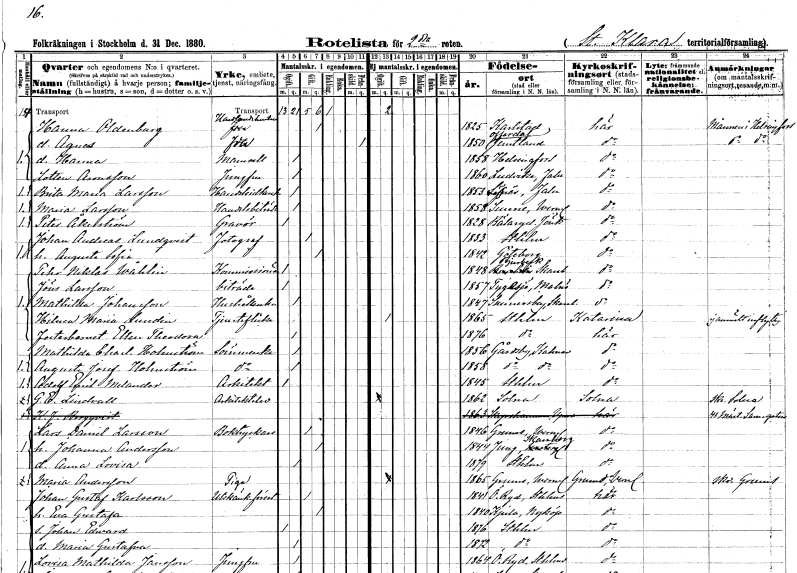
gt_parse: households: individuals: FN: Hanna
EN: Oldenburg
YRKE: Handlandehustru
KON: K
CIV: G
FODAR: 1825
FODFORS: Karlstad Värmlands län
FN: Agnes
KON: K
CIV: X
FODAR: 1850
FODFORS: Offerdal Jämtlands län
FN: Hanna
KON: K
CIV: O
FODAR: 1858
FN: Lotten
EN: Aronsson
YRKE: Jungfru
KON: K
CIV: O
FODAR: 1860
FODFORS: Ludvika Kopparbergs län
FN: Brita Maria
EN: Larsson
YRKE: Handelsidkerska
KON: K
CIV: O
FODAR: 1853
FODFORS: Säfsnäs Kopparbergs län
FN: Maria
EN: Larsson
YRKE: Handelsbiträde
KON: K
CIV: O
FODAR: 1858
FODFORS: Sunne Värmlands län
FN: Peter
EN: Åkerström
YRKE: Gravör
KON: M
CIV: O
FODAR: 1828
FODFORS: Bälaryd Jönköpings län
FN: Johan Andreas
EN: Lundqvist
YRKE: Fotograf
KON: M
CIV: G
FODAR: 1833
FODFORS: Stockholm
FN: Augusta Sofia
KON: K
CIV: G
FODAR: 1842
FODFORS: Göteborg Göteborgs- och Bohuslän
FN: Pehr Niklas
EN: Wåhlin
YRKE: Kommissionär
KON: M
CIV: O
FODAR: 1848
FODFORS: Bjurbäck Skaraborgs län
FN: Jöns
EN: Larsson
YRKE: Biträde
KON: M
CIV: O
FODAR: 1857
FODFORS: Tygelsjö Malmöhus län
FN: Mathilda
EN: Johansson
YRKE: Hushållerska
KON: K
CIV: O
FODAR: 1847
FODFORS: Sunnersberg Skaraborgs län
FN: Hilma Maria
EN: Lundin
YRKE: Tjänsteflicka
KON: K
CIV: O
FODAR: 1865
FODFORS: Stockholm
FN: Ellen Theodora
KON: K
CIV: O
FODAR: 1876
FODFORS: Stockholm
FN: Mathilda Charlotta
EN: Holmström
YRKE: Sömmerska
KON: K
CIV: O
FODAR: 1856
FODFORS: Gårdby Kalmar län
FN: Augusta Josefina
EN: Holmström
YRKE: Sömmerska
KON: K
CIV: O
FODAR: 1858
FODFORS: Gårdby Kalmar län
FN: Adolf Emil
EN: Melander
YRKE: Arkitekt
KON: M
CIV: O
FODAR: 1845
FODFORS: Stockholm
FN: G. E.
EN: Lindvall
YRKE: Arkitektelev
KON: M
CIV: O
FODAR: 1862
FODFORS: Solna Stockholms län
FN: Karl Johan
EN: Bergqvist
KON: M
CIV: U
FODAR: 1863
FODFORS: Skäfthammar Uppsala län
FN: Lars Daniel
EN: Larsson
YRKE: Boktryckare
KON: M
CIV: G
FODAR: 1846
FODFORS: Grums Värmlands län
FN: Johanna
EN: Andersson
KON: K
CIV: G
FODAR: 1844
FODFORS: Jung Skaraborgs län
FN: Anna Lovisa
KON: K
CIV: O
FODAR: 1879
FODFORS: Stockholm
FN: Maria
EN: Andersson
YRKE: Piga
KON: K
CIV: O
FODAR: 1865
FODFORS: Grums Värmlands län